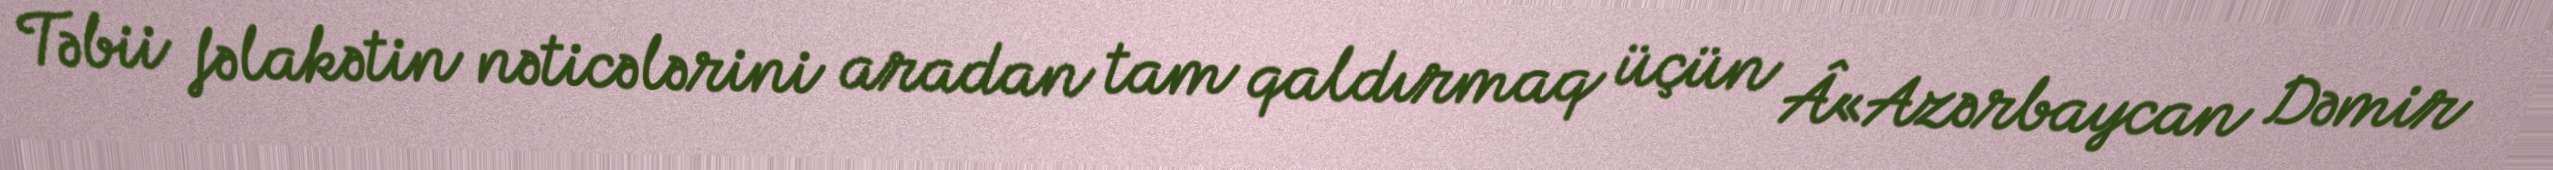
Təbii fəlakətin nəticələrini aradan tam qaldırmaq üçün Â«Azərbaycan Dəmir